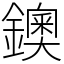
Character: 鐭